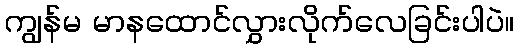
ကျွန်မ မာနထောင်လွှားလိုက်လေခြင်းပါပဲ။